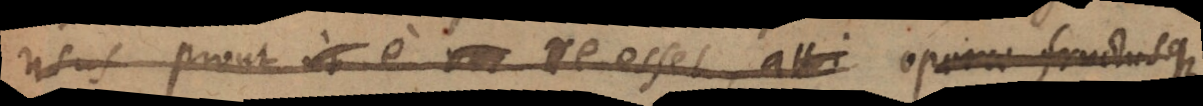
usus prout e re esset, attri operae fructusque